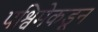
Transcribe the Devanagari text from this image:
पश्विमेकडून